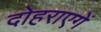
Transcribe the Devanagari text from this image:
दोहराएगें